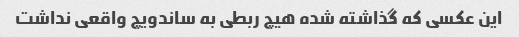
این عکسی که گذاشته شده هیچ ربطی به ساندویچ واقعی نداشت